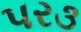
પર૩